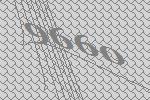
9660